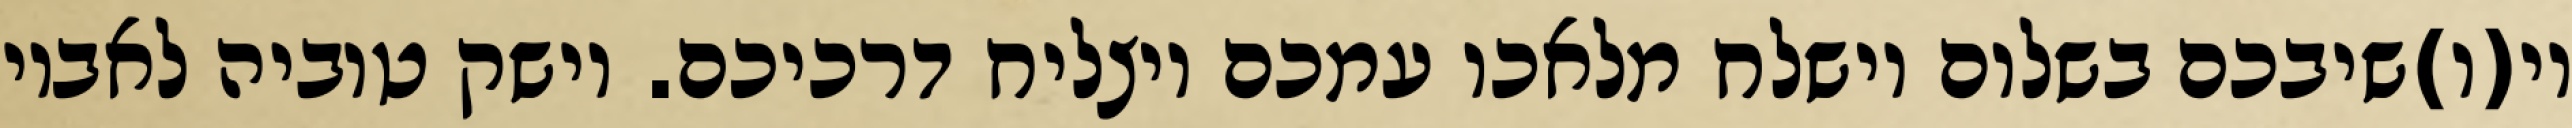
וי(ו)שיבכם בשלום וישלח מלאכו עמכם ויצליח דרכיכם. וישק טוביה לאביו